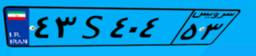
۴۳S۴۰۴۵۳